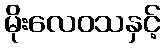
မိုးလေဝသနှင့်